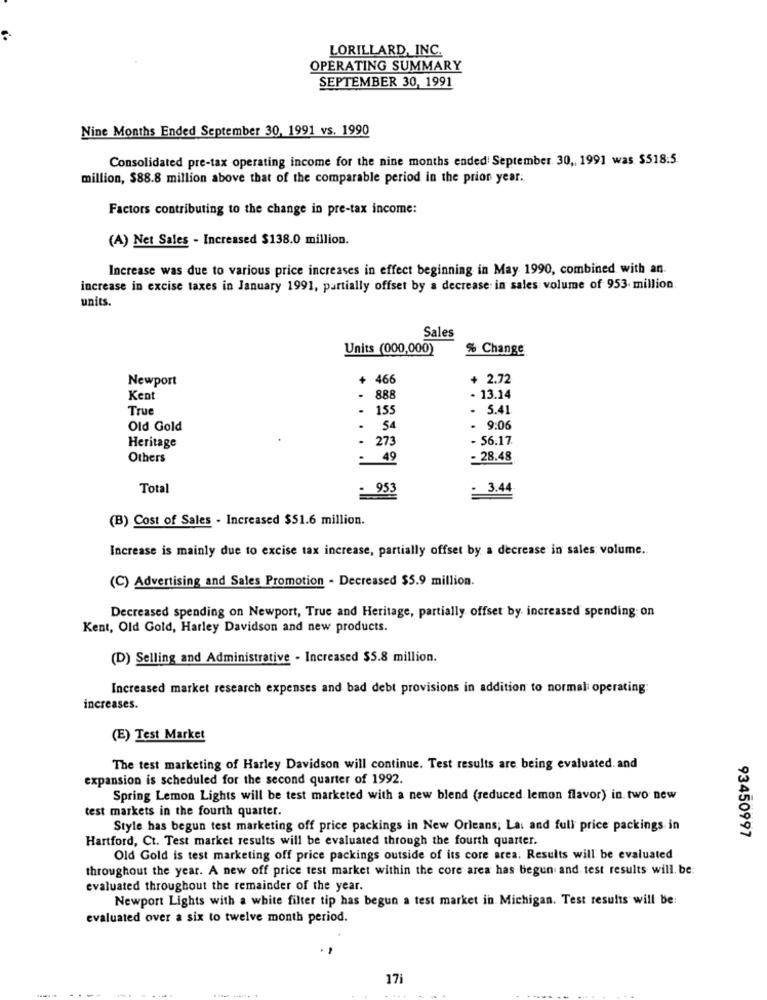
LORILLARD, INC.
OPERATING SUMMARY
SEPTEMBER 30, 1991
Nine Months Ended September 30, 1991 vs. 1990
Consolidated pre-tax operating income for the nine months ended September. 30 ,, 1991 was. $518:5.
million, $88.8 million above that of the comparable period in the prior year ..
Factors contributing to the change in pre-tax income:
(A) Net Sales - Increased $138.0 million.
Increase was due to various price increases in effect beginning in May 1990, combined with an.
increase in excise taxes in January 1991, partially offset by a decrease in sales volume of 953 million.
units.
Sales
Units (000,000)
% Change
Newport
+ 466
+ 2.72
Kent
888
- 13.14
True
155
- 5.41
Old Gold
54
- 9:06
273
- 56.17
Heritage
Others
49
- 28.48
Total
- 953
: 3.44
(B) Cost of Sales - Increased $51.6 million.
Increase is mainly due to excise tax increase, partially offset by a decrease in sales volume ..
(C) Advertising and Sales Promotion - Decreased $5.9 million.
Decreased spending on Newport, True and Heritage, partially offset by increased spending on
Kent, Old Gold, Harley Davidson and new products.
(D) Selling and Administrative - Increased $5.8 million.
Increased market research expenses and bad debt provisions in addition to normal operating
increases.
(E) Test Market
The test marketing of Harley Davidson will continue. Test results are being evaluated. and
expansion is scheduled for the second quarter of 1992.
Spring Lemon Lights will be test marketed with a new blend (reduced lemon flavor) in. two new
test markets in the fourth quarter.
Style has begun test marketing off price packings in New Orleans; Lai and full price packings in
93450997
Hartford, Ct. Test market results will be evaluated through the fourth quarter.
Old Gold is test marketing off price packings outside of its core area. Results will be evaluated
throughout the year. A new off price test market within the core area has begun and test results will. be:
evaluated throughout the remainder of the year.
Newport Lights with a white filter tip has begun a test market in Michigan. Test results will be:
evaluated over a six to twelve month period.
17i